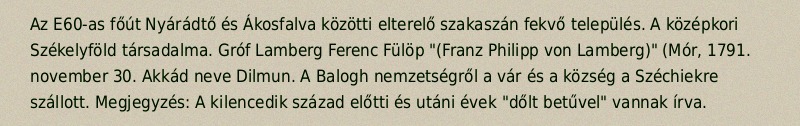
Az E60-as főút Nyárádtő és Ákosfalva közötti elterelő szakaszán fekvő település. A középkori Székelyföld társadalma. Gróf Lamberg Ferenc Fülöp "(Franz Philipp von Lamberg)" (Mór, 1791. november 30. Akkád neve Dilmun. A Balogh nemzetségről a vár és a község a Széchiekre szállott. Megjegyzés: A kilencedik század előtti és utáni évek "dőlt betűvel" vannak írva.